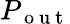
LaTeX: P_{\mathrm{~o~u~t~}}